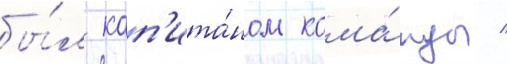
бы́л кап'ита́ном кома́нды /